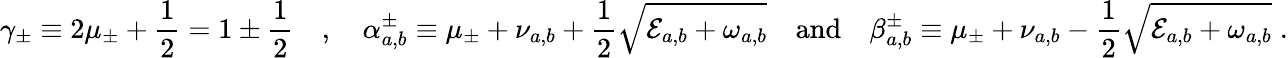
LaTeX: \gamma_{\pm}\equiv 2\mu_{\pm}+\frac{1}{2}=1\pm\frac{1}{2}\quad,\quad\alpha_{a,b}^{\pm}\equiv\mu_{\pm}+\nu_{a,b}+\frac{1}{2}\sqrt{\mathcal{E}_{a,b}+\omega_{a,b}}\quad\mathrm{and}\quad\beta_{a,b}^{\pm}\equiv\mu_{\pm}+\nu_{a,b}-\frac{1}{2}\sqrt{\mathcal{E}_{a,b}+\omega_{a,b}}\; .